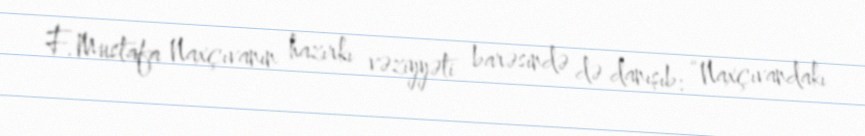
F.Mustafa Naxçıvanın hazırkı vəziyyəti barəsində də danışıb: “Naxçıvandakı